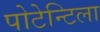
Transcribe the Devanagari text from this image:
पोटेन्टिला